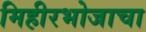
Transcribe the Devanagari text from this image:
मिहीरभोजाचा